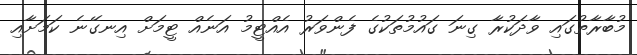
މުބާރާތުގައި ވާދަކުރާ ގިނަ ގައުމުތަކުގެ ފެންވަރު އެއްޓީމު އަނެއް ޓީމަށް އިނގޭނެ ކަމަށާއި